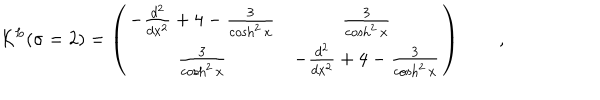
{ \cal K } ^ { L } ( \sigma = 2 ) = \left( \begin{array} { c c } { { - \frac { d ^ { 2 } } { d x ^ { 2 } } + 4 - \frac { 3 } { \cosh ^ { 2 } x } } } & { { \frac { 3 } { \cosh ^ { 2 } x } } } \\ { { \frac { 3 } { \cosh ^ { 2 } x } } } & { { - \frac { d ^ { 2 } } { d x ^ { 2 } } + 4 - \frac { 3 } { \cosh ^ { 2 } x } } } \\ \end{array} \right) \qquad ,